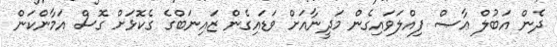
ދެން އަބުލް ޢާޞް ފިއްލަވައިގެން މަދީނާއަށް ވަޑައިގެން ޒައިނަބްގެ ގެކޮޅަށް ގޮސް އަމާންކަން